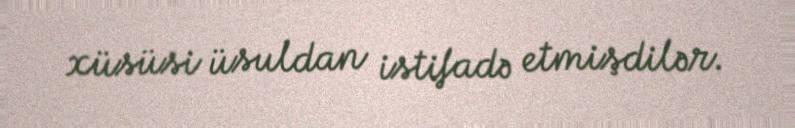
xüsüsi üsuldan istifadə etmişdilər.